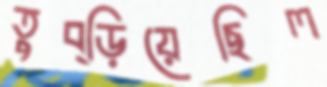
তুব্‌ড়িয়েছিল